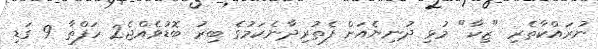
ނުރައްކާތެރި "ޒިކާ" މުޅި ދުނިޔެއަށް ފެތުރިދާނެކަމުގެ ބިރު ބޮޑުވެއްޖެ2 ހަފްތާ 9 ގަޑި